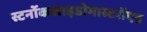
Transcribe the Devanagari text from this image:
स्टर्नोकलाइडोमास्टरॉएड